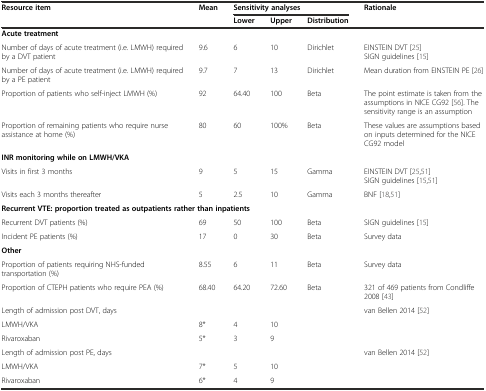
<table><thead><tr><td rowspan="2"><b>Resource item</b></td><td rowspan="2"><b>Mean</b></td><td colspan="3"><b>Sensitivity analyses</b></td><td rowspan="2"><b>Rationale</b></td></tr><tr><td><b>Lower</b></td><td><b>Upper</b></td><td><b>Distribution</b></td></tr></thead><tbody><tr><td colspan="6"><b>Acute treatment</b></td></tr><tr><td rowspan="2">Number of days of acute treatment (i.e. LMWH) required by a DVT patient</td><td rowspan="2">9.6</td><td rowspan="2">6</td><td rowspan="2">10</td><td rowspan="2">Dirichlet</td><td>EINSTEIN DVT [25]</td></tr><tr><td>SIGN guidelines [15]</td></tr><tr><td>Number of days of acute treatment (i.e. LMWH) required by a PE patient</td><td>9.7</td><td>7</td><td>13</td><td>Dirichlet</td><td>Mean duration from EINSTEIN PE [26]</td></tr><tr><td>Proportion of patients who self-inject LMWH (%)</td><td>92</td><td>64.40</td><td>100</td><td>Beta</td><td>The point estimate is taken from the assumptions in NICE CG92 [56]. The sensitivity range is an assumption</td></tr><tr><td>Proportion of remaining patients who require nurse assistance at home (%)</td><td>80</td><td>60</td><td>100%</td><td>Beta</td><td>These values are assumptions based on inputs determined for the NICE CG92 model</td></tr><tr><td colspan="6"><b>INR monitoring while on LMWH/VKA</b></td></tr><tr><td rowspan="2">Visits in first 3 months</td><td rowspan="2">9</td><td rowspan="2">5</td><td rowspan="2">15</td><td rowspan="2">Gamma</td><td>EINSTEIN DVT [25,51]</td></tr><tr><td>SIGN guidelines [15,51]</td></tr><tr><td>Visits each 3 months thereafter</td><td>5</td><td>2.5</td><td>10</td><td>Gamma</td><td>BNF [18,51]</td></tr><tr><td colspan="6"><b>Recurrent VTE: proportion treated as outpatients rather than inpatients</b></td></tr><tr><td>Recurrent DVT patients (%)</td><td>69</td><td>50</td><td>100</td><td>Beta</td><td>SIGN guidelines [15]</td></tr><tr><td>Incident PE patients (%)</td><td>17</td><td>0</td><td>30</td><td>Beta</td><td>Survey data</td></tr><tr><td colspan="6"><b>Other</b></td></tr><tr><td>Proportion of patients requiring NHS-funded transportation (%)</td><td>8.55</td><td>6</td><td>11</td><td>Beta</td><td>Survey data</td></tr><tr><td>Proportion of CTEPH patients who require PEA (%)</td><td>68.40</td><td>64.20</td><td>72.60</td><td>Beta</td><td>321 of 469 patients from Condliffe 2008 [43]</td></tr><tr><td>Length of admission post DVT, days</td><td></td><td></td><td></td><td></td><td>van Bellen 2014 [52]</td></tr><tr><td>LMWH/VKA</td><td>8*</td><td>4</td><td>10</td><td></td><td></td></tr><tr><td>Rivaroxaban</td><td>5*</td><td>3</td><td>9</td><td></td><td></td></tr><tr><td>Length of admission post PE, days</td><td></td><td></td><td></td><td></td><td>van Bellen 2014 [52]</td></tr><tr><td>LMWH/VKA</td><td>7*</td><td>5</td><td>10</td><td></td><td></td></tr><tr><td>Rivaroxaban</td><td>6*</td><td>4</td><td>9</td><td></td><td></td></tr></tbody></table>